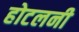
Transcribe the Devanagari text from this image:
होटलनी